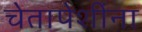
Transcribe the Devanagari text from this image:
चेतापेशींना